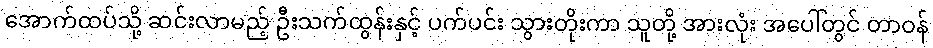
အောက်ထပ်သို့ ဆင်းလာမည့် ဦးသက်ထွန်းနှင့် ပက်ပင်း သွားတိုးကာ သူတို့ အားလုံး အပေါ်တွင် တာဝန်